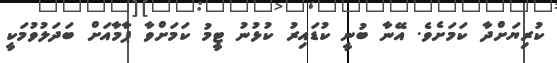
ކުރިޔަށްދާ ކަމަށެވެ. އޭނާ ބުނީ ކުޑައިރު ކުޅުނު ޓީމު ކަމަށްވާ ޕާމާއަށް ބަދަލުވުމަކީ